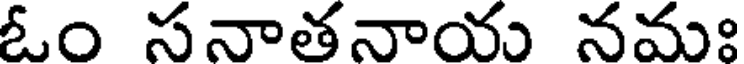
ఓం సనాతనాయ నమః